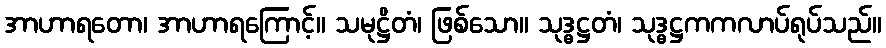
အာဟာရတော၊ အာဟာရကြောင့်။ သမုဋ္ဌိတံ၊ ဖြစ်သော။ သုဒ္ဓဋ္ဌတံ၊ သုဒ္ဓဋ္ဌကကလာပ်ရုပ်သည်။